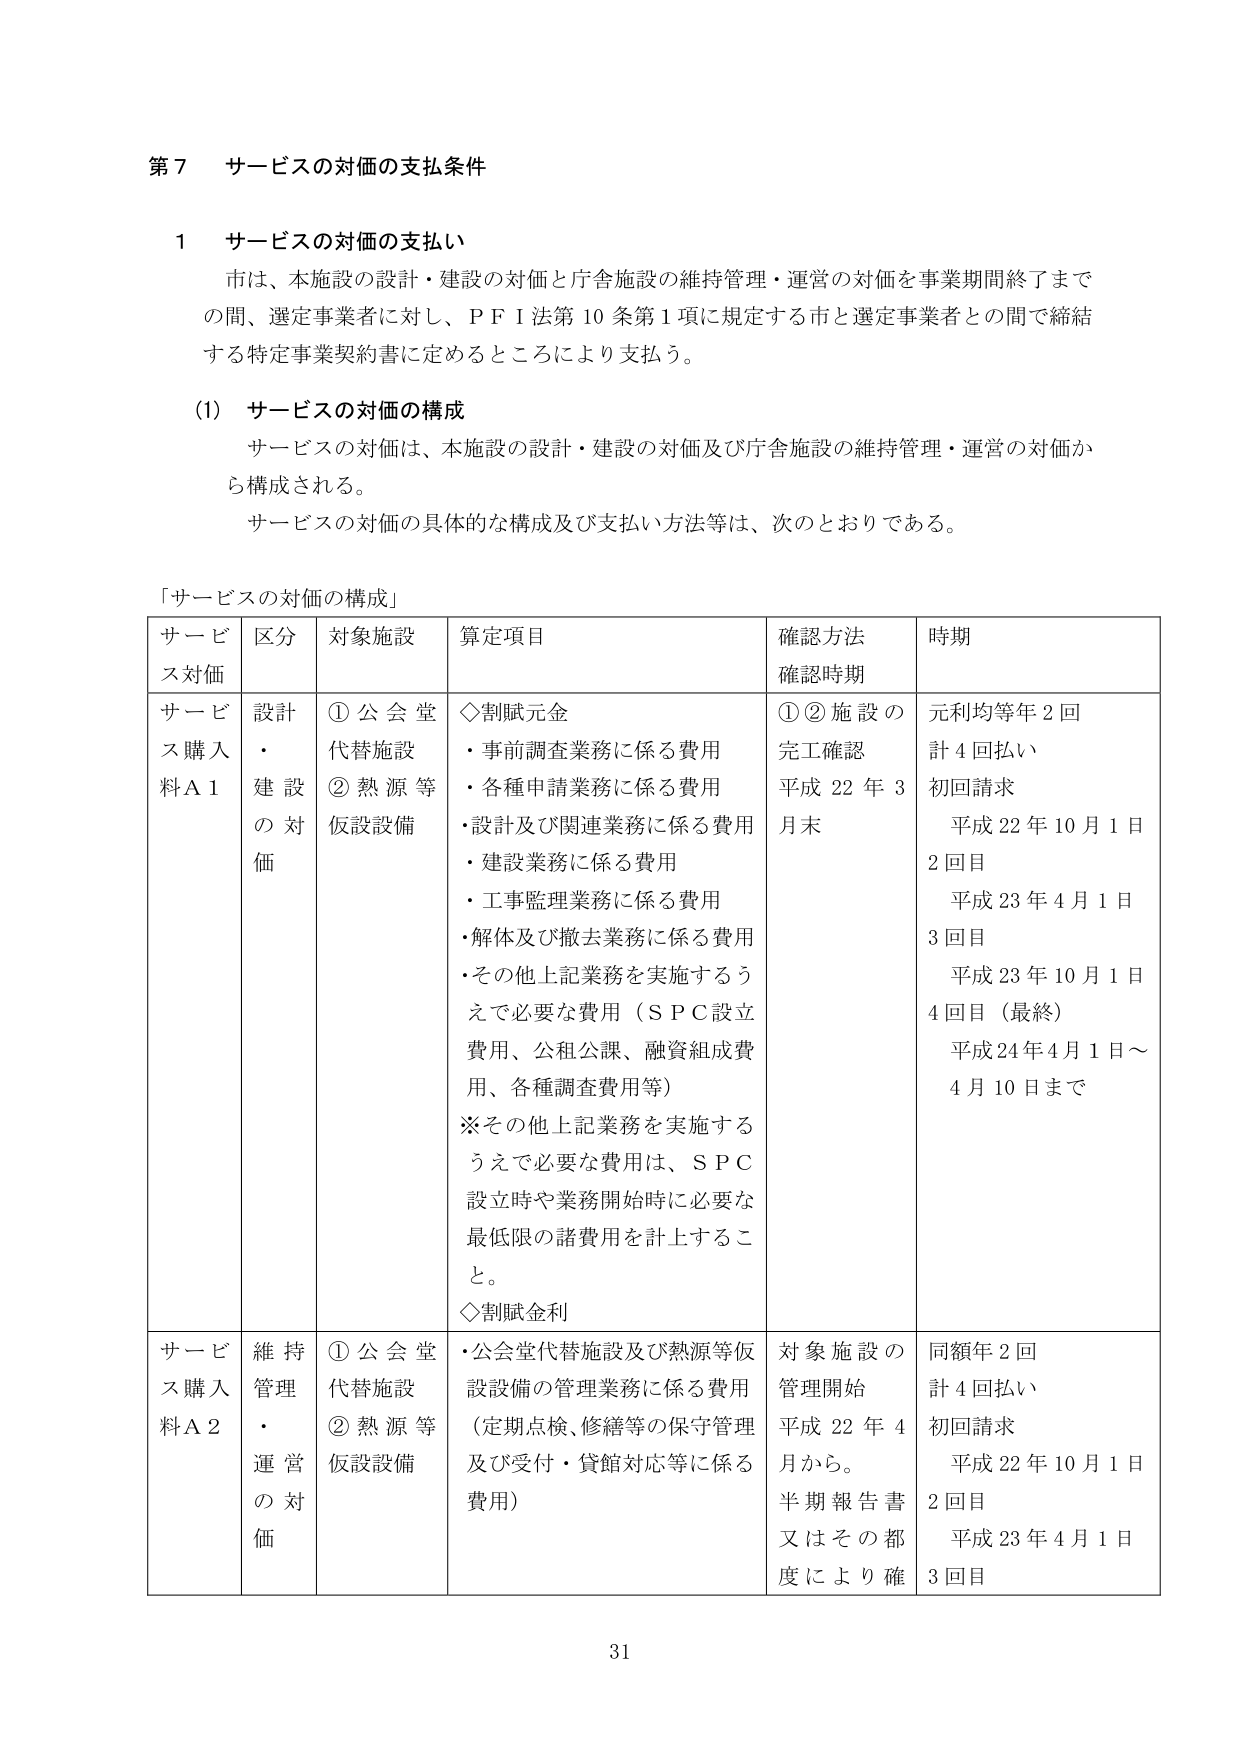
第７ サービスの対価の支払条件

１ サービスの対価の支払い
市は、本施設の設計・建設の対価と庁舎施設の維持管理・運営の対価を事業期間終了までの間、選定事業者に対し、ＰＦＩ法第10条第1項に規定する市と選定事業者との間で締結する特定事業契約書に定めるところにより支払う。

(1) サービスの対価の構成
サービスの対価は、本施設の設計・建設の対価及び庁舎施設の維持管理・運営の対価から構成される。
サービスの対価の具体的な構成及び支払い方法等は、次のとおりである。

「サービスの対価の構成」

| サービス対価 | 区分 | 対象施設 | 算定項目 | 確認方法 確認時期 | 時期 |
|--------------|------|----------|----------|------------------|------|
| サービス購入料Ａ１ | 設計・建設の対価 | ①公会堂代替施設<br>②熱源等仮設設備 | ◇割賦元金<br>・事前調査業務に係る費用<br>・各種申請業務に係る費用<br>・設計及び関連業務に係る費用<br>・建設業務に係る費用<br>・工事監理業務に係る費用<br>・解体及び撤去業務に係る費用<br>・その他上記業務を実施するうえで必要な費用（ＳＰＣ設立費用、公租公課、融資組成費用、各種調査費用等）<br>※その他上記業務を実施するうえで必要な費用は、ＳＰＣ設立時や業務開始時に必要な最低限の諸費用を計上すること。<br>◇割賦金利 | ①②施設の完工確認<br>平成22年3月末 | 元利均等年2回<br>計4回払い<br>初回請求　平成22年10月1日<br>2回目　平成23年4月1日<br>3回目　平成23年10月1日<br>4回目（最終）　平成24年4月1日～4月10日まで |
| サービス購入料Ａ２ | 維持管理・運営の対価 | ①公会堂代替施設<br>②熱源等仮設設備 | ・公会堂代替施設及び熱源等仮設設備の管理業務に係る費用（定期点検、修繕等の保守管理及び受付・貸館対応等に係る費用） | 対象施設の管理開始<br>平成22年4月から。<br>半期報告書又はその都度により確 | 同額年2回<br>計4回払い<br>初回請求　平成22年10月1日<br>2回目　平成23年4月1日<br>3回目　 |

31